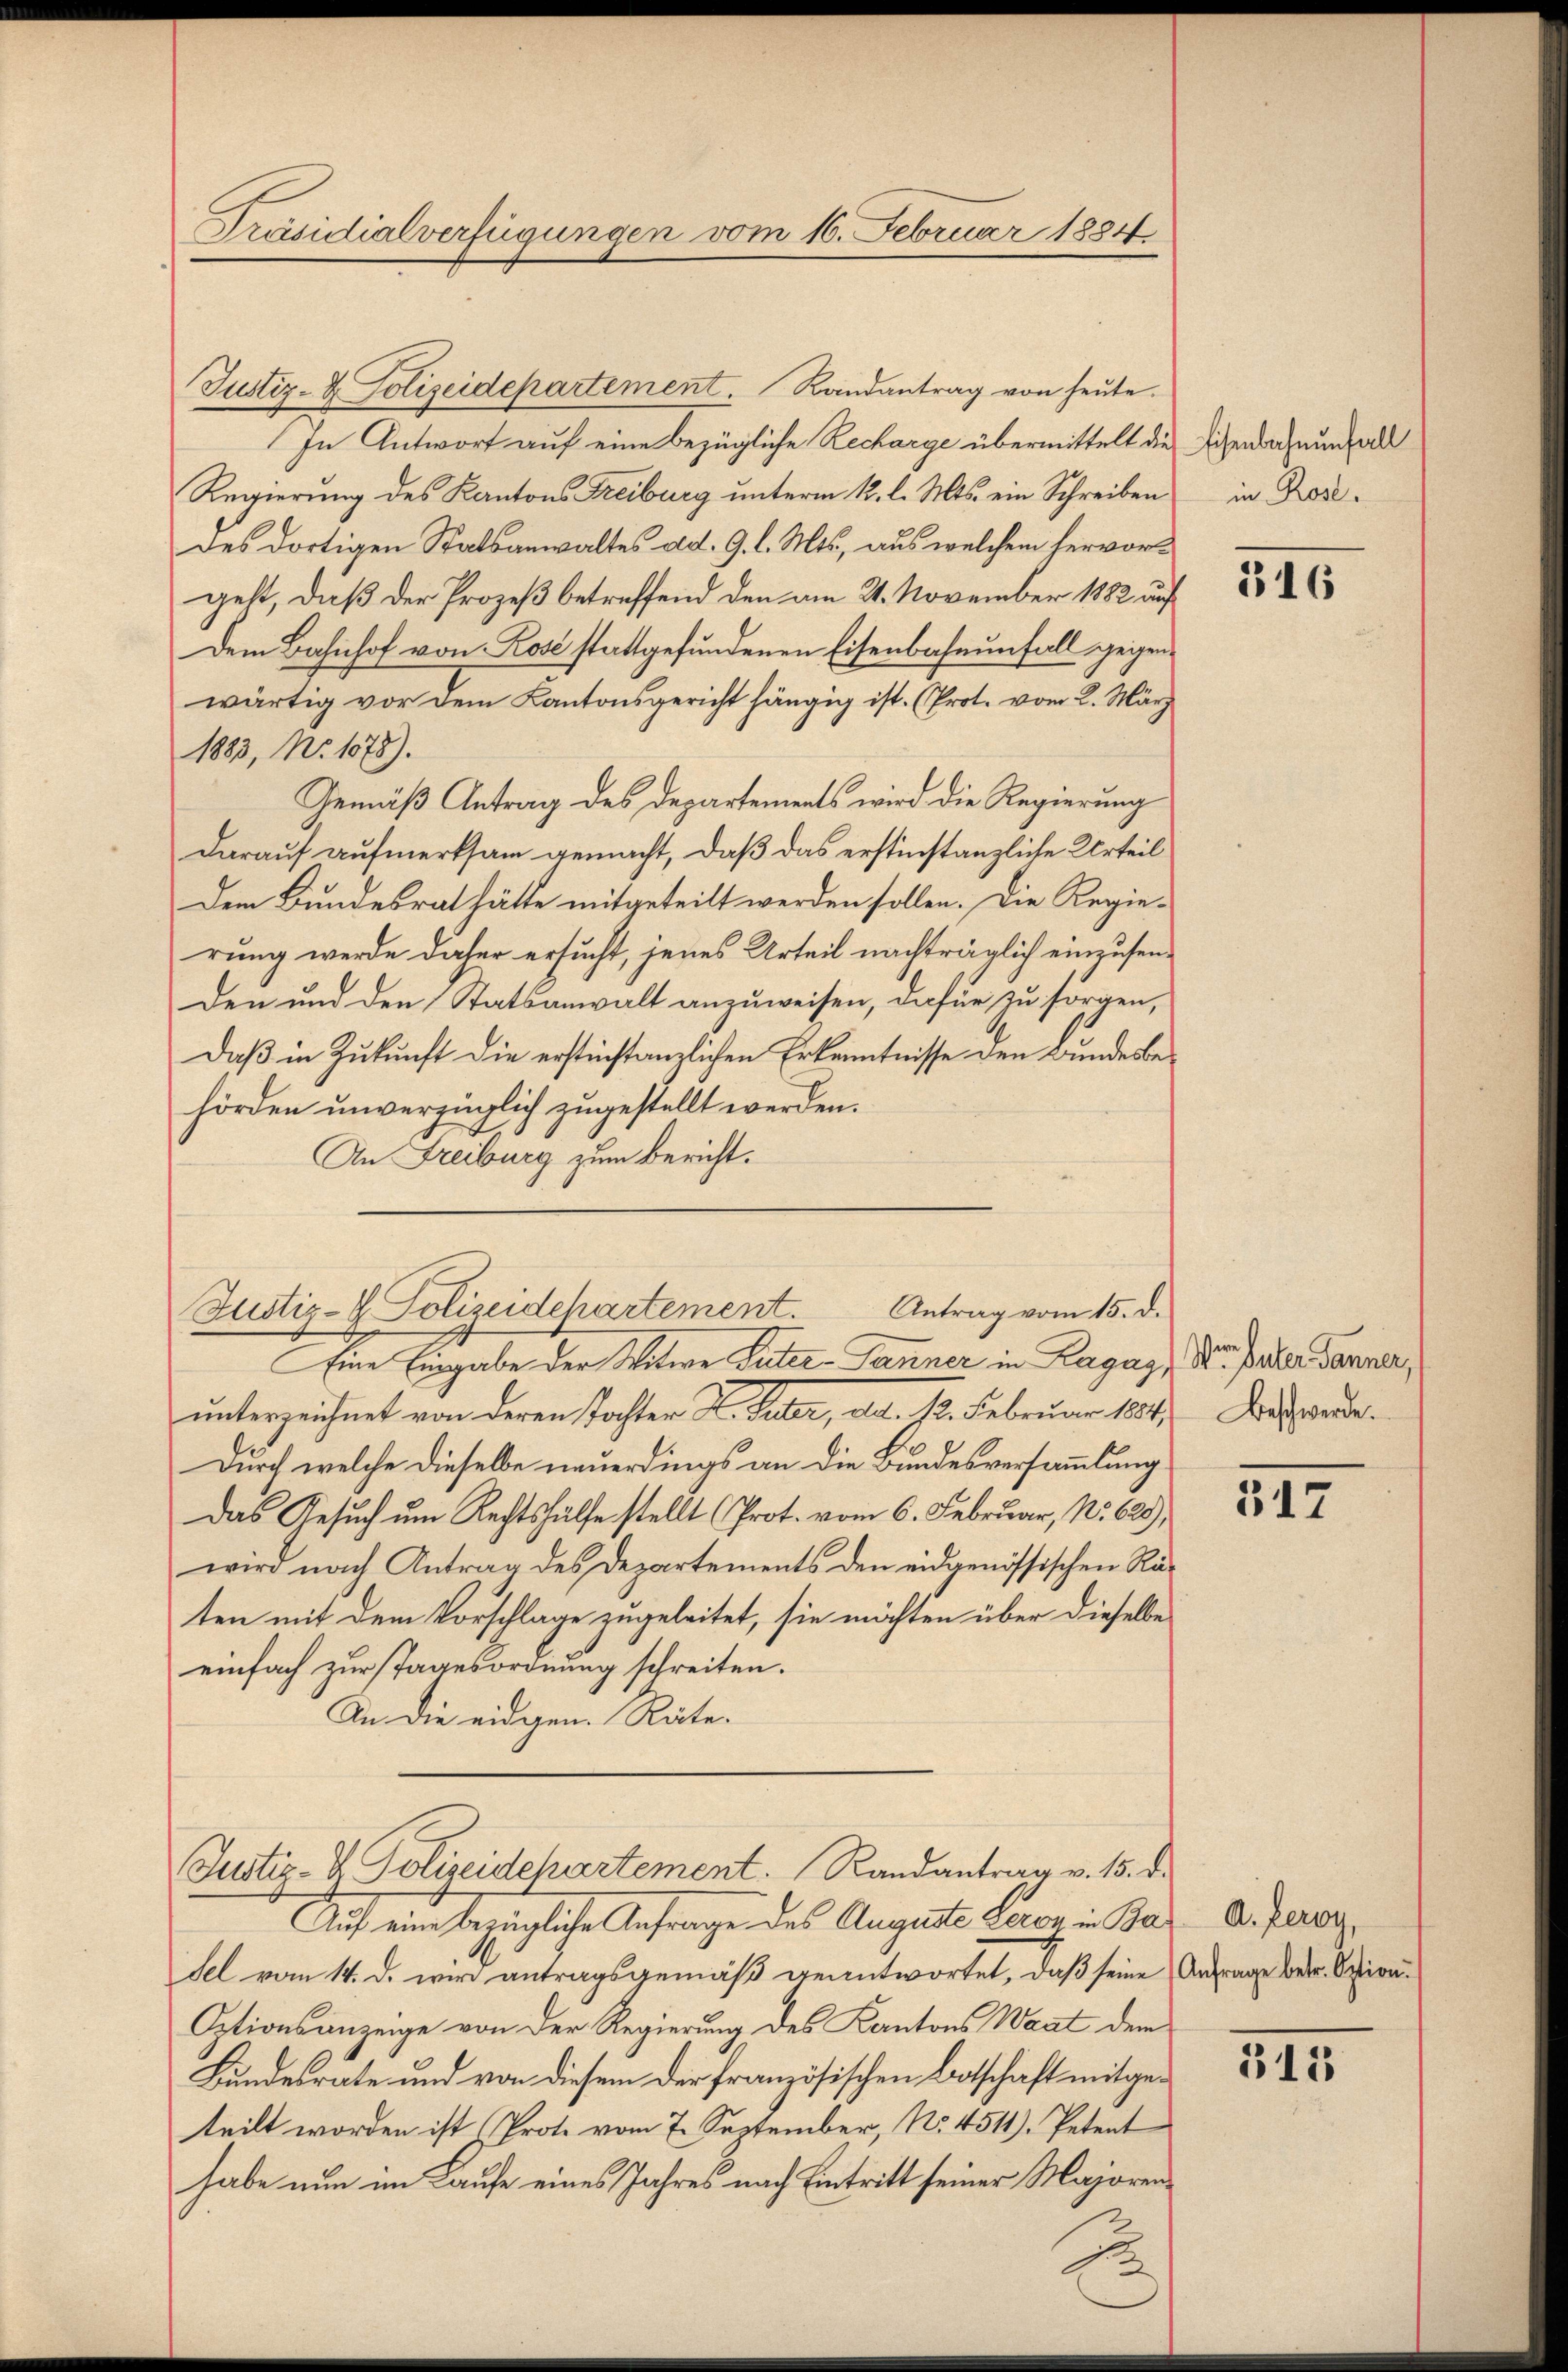
Präsidialverfügungen vom 16. Februar 1834

Justiz- & Polizeidepartement. Randantrag von heute.
In Antwort auf eine bezügliche Recharge übermittelt die
Regierung des Kantons Freiburg unterm 12. l. Mts. ein Schreiben
des dortigen Statsanwaltes ad. G. l. Mts., aus welchem hervorgeht, daß der Prozeß betreffend den am 21. November 1882 auf
Dem Bahnhof von Rose stattgefundenen Eisenbahnunfall gegenwärtig vor dem Kantonsgericht hängig ist. (Prot. vom 2. März
1883, No 1078).
Gemäß Antrag des Departements wird die Regierung
darauf aufmerksam gemacht, daß das erstinstanzliche Urteil
Dem Bundesrat hätte mitgeteilt werden sollen. Die Regierung werde daher ersucht, jenes Urteil nachträglich einzusenden und den Statsanwalt anzuweisen, dafür zu sorgen,
Daß in Zukunft die erstinstanzlichen Erkenntnisse den Bundesbehörden unverzüglich zugestellt werden.
An Freiburg zum Bericht.
Eine Eingabe der Witwe Suter-Tanner in Ragas, der Paler Tanner,
unterzeichnet von deren Tochter L. Suter, ad. 12. Februar 1881
Durch welche dieselbe neuerdings an die Bundesversammlung
Das Gesuch um Rechtshülfe stellt (Prot. vom 6. Februar, No. 629),
wird nach Antrag des Departements den eidgenössischen Räten mit dem Vorschlage zugeleitet, sie möchten über dieselbe
einfach zur Tagesordnung schreiten.
In die eidgen. Räte.
Justiz- & Polizeidchartement. Randantrag v. 15. d.
Auf ein bringliche Anfrage des Auguste Loren in Basel vom 14. d. wir antragsgemäß geantwortet, daß seine
Optionsanzeige von der Regierung des Kantons Waat dem
Bundesrate und von diesem der französischen Botschaft mitgeteilt worden ist Prote vom 7. September, No. 4511). Petent
habe nun im Laufe eines Jahres nach Eintritt seiner Majoren¬

Antrag vom 15. d.
Justiz- & Polizeidchartement.

Eisenbahnenfall
in Rose.

516

Beschwerde.

517

A.Leroy,
Anfrage betr. Option.

515